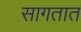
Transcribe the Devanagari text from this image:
सागतात